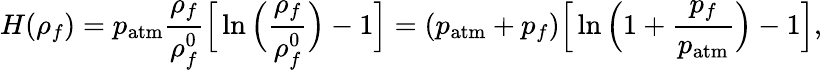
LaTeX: H(\rho_{f})=p_{\mathrm{atm}}\frac{\rho_{f}}{\rho_{f}^{0}}\Big[\ln\Big(\frac{\rho_{f}}{\rho_{f}^{0}}\Big)-1\Big]=(p_{\mathrm{atm}}+p_{f})\Big[\ln\Big(1+\frac{p_{f}}{p_{\mathrm{atm}}}\Big)-1\Big],